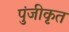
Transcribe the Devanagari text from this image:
पुंजीकृत